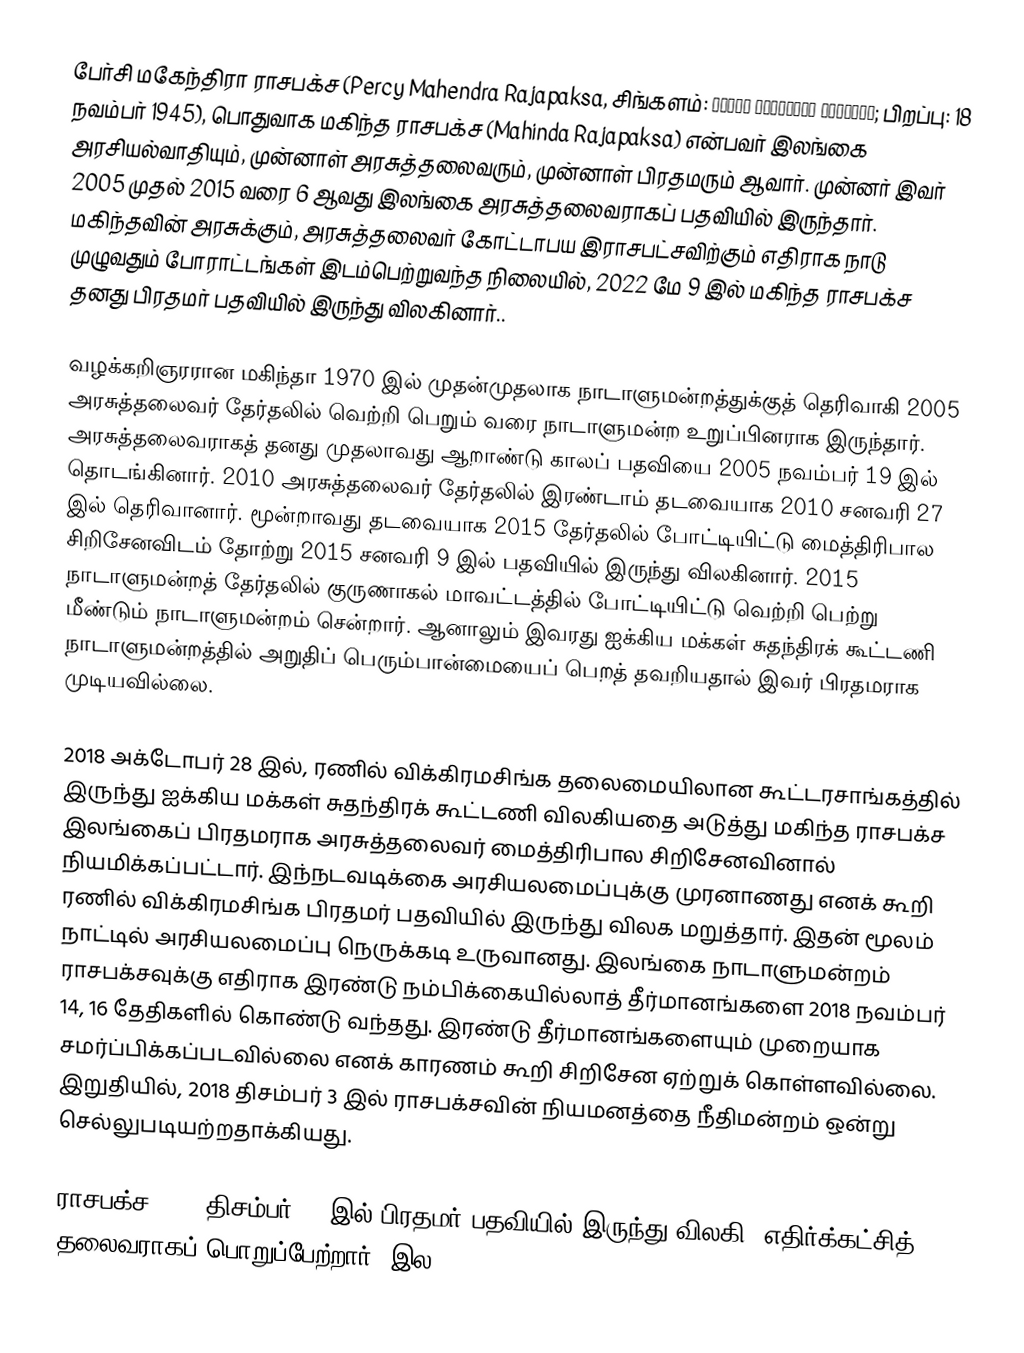
பேர்சி மகேந்திரா ராசபக்ச (Percy Mahendra Rajapaksa, சிங்களம்: පර්සි මහේන්ද්ර රාජපක්ෂ; பிறப்பு: 18 நவம்பர் 1945), பொதுவாக மகிந்த ராசபக்ச (Mahinda Rajapaksa) என்பவர் இலங்கை அரசியல்வாதியும், முன்னாள் அரசுத்தலைவரும், முன்னாள் பிரதமரும் ஆவார். முன்னர் இவர் 2005 முதல் 2015 வரை 6 ஆவது இலங்கை அரசுத்தலைவராகப் பதவியில் இருந்தார். மகிந்தவின் அரசுக்கும், அரசுத்தலைவர் கோட்டாபய இராசபட்சவிற்கும் எதிராக நாடு முழுவதும் போராட்டங்கள் இடம்பெற்றுவந்த நிலையில், 2022 மே 9 இல் மகிந்த ராசபக்ச தனது பிரதமர் பதவியில் இருந்து விலகினார்..

வழக்கறிஞரரான மகிந்தா 1970 இல் முதன்முதலாக நாடாளுமன்றத்துக்குத் தெரிவாகி 2005 அரசுத்தலைவர் தேர்தலில் வெற்றி பெறும் வரை நாடாளுமன்ற உறுப்பினராக இருந்தார். அரசுத்தலைவராகத் தனது முதலாவது ஆறாண்டு காலப் பதவியை 2005 நவம்பர் 19 இல் தொடங்கினார். 2010 அரசுத்தலைவர் தேர்தலில் இரண்டாம் தடவையாக 2010 சனவரி 27 இல் தெரிவானார். மூன்றாவது தடவையாக 2015 தேர்தலில் போட்டியிட்டு மைத்திரிபால சிறிசேனவிடம் தோற்று 2015 சனவரி 9 இல் பதவியில் இருந்து விலகினார். 2015 நாடாளுமன்றத் தேர்தலில் குருணாகல் மாவட்டத்தில் போட்டியிட்டு வெற்றி பெற்று மீண்டும் நாடாளுமன்றம் சென்றார். ஆனாலும் இவரது ஐக்கிய மக்கள் சுதந்திரக் கூட்டணி நாடாளுமன்றத்தில் அறுதிப் பெரும்பான்மையைப் பெறத் தவறியதால் இவர் பிரதமராக முடியவில்லை.

2018 அக்டோபர் 28 இல், ரணில் விக்கிரமசிங்க தலைமையிலான கூட்டரசாங்கத்தில் இருந்து ஐக்கிய மக்கள் சுதந்திரக் கூட்டணி விலகியதை அடுத்து மகிந்த ராசபக்ச இலங்கைப் பிரதமராக அரசுத்தலைவர் மைத்திரிபால சிறிசேனவினால் நியமிக்கப்பட்டார். இந்நடவடிக்கை அரசியலமைப்புக்கு முரனாணது எனக் கூறி ரணில் விக்கிரமசிங்க பிரதமர் பதவியில் இருந்து விலக மறுத்தார். இதன் மூலம் நாட்டில் அரசியலமைப்பு நெருக்கடி உருவானது. இலங்கை நாடாளுமன்றம் ராசபக்சவுக்கு எதிராக இரண்டு நம்பிக்கையில்லாத் தீர்மானங்களை 2018 நவம்பர் 14, 16 தேதிகளில் கொண்டு வந்தது. இரண்டு தீர்மானங்களையும் முறையாக சமர்ப்பிக்கப்படவில்லை எனக் காரணம் கூறி சிறிசேன ஏற்றுக் கொள்ளவில்லை. இறுதியில், 2018 திசம்பர் 3 இல் ராசபக்சவின் நியமனத்தை நீதிமன்றம் ஒன்று செல்லுபடியற்றதாக்கியது.

ராசபக்ச 2018 திசம்பர் 15 இல் பிரதமர் பதவியில் இருந்து விலகி, எதிர்க்கட்சித் தலைவராகப் பொறுப்பேற்றார். இல